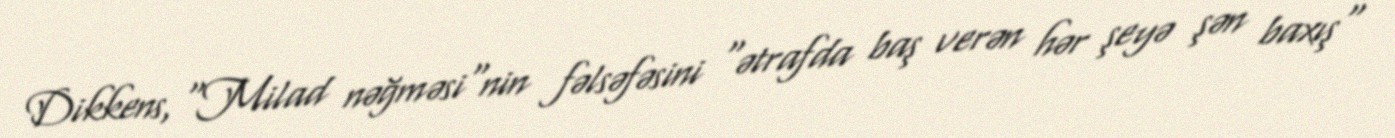
Dikkens, "Milad nəğməsi"nin fəlsəfəsini "ətrafda baş verən hər şeyə şən baxış"